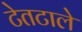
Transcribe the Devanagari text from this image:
टेतटाले